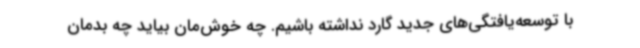
با توسعه‌یافتگی‌های جدید گارد نداشته باشیم. چه خوش‌مان بیاید چه بدمان